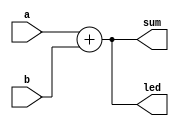

module adder(a, b, sum, led);

	// === Input / Output ===
	
	input [2:0] a,b;
	
	output [3:0] led;
	
	output [3:0] sum;
	
	// === Net / Reg ===
	
	
	// === Logic ===
	
	
	assign led = a + b;
	
	assign sum = a + b;
	
	/*
	always @(a,b)
	begin
		LEDR[9:6] <= a + b;
	end
	*/
	
	

endmodule

//use figure 3.24 for this